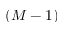
( M - 1 )